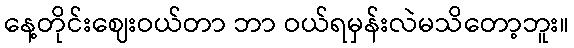
နေ့တိုင်းဈေးဝယ်တာ ဘာ ဝယ်ရမှန်းလဲမသိတော့ဘူး။